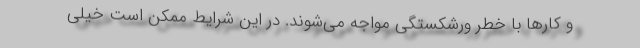
و کارها با خطر ورشکستگی مواجه می‌شوند. در این شرایط ممکن است خیلی